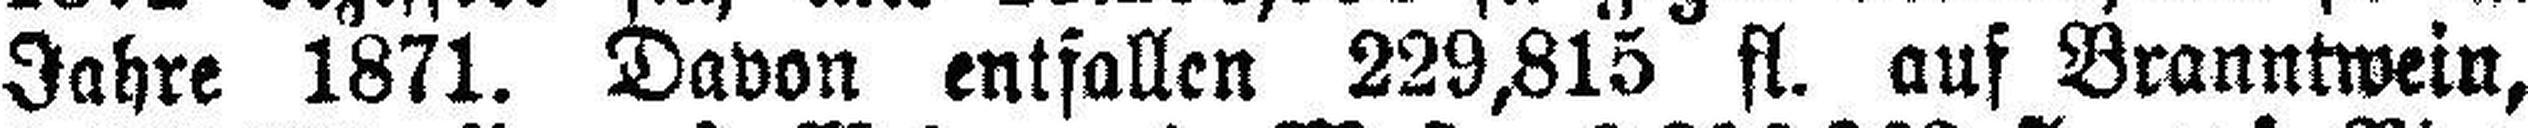
Jahre 1871. Davon entfallen 229,815 fl. auf Branntwein,